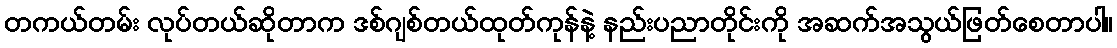
တကယ်တမ်း လုပ်တယ်ဆိုတာက ဒစ်ဂျစ်တယ်ထုတ်ကုန်နဲ့ နည်းပညာတိုင်းကို အဆက်အသွယ်ဖြတ်စေတာပါ။